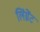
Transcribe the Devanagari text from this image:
लिंग्नेंट